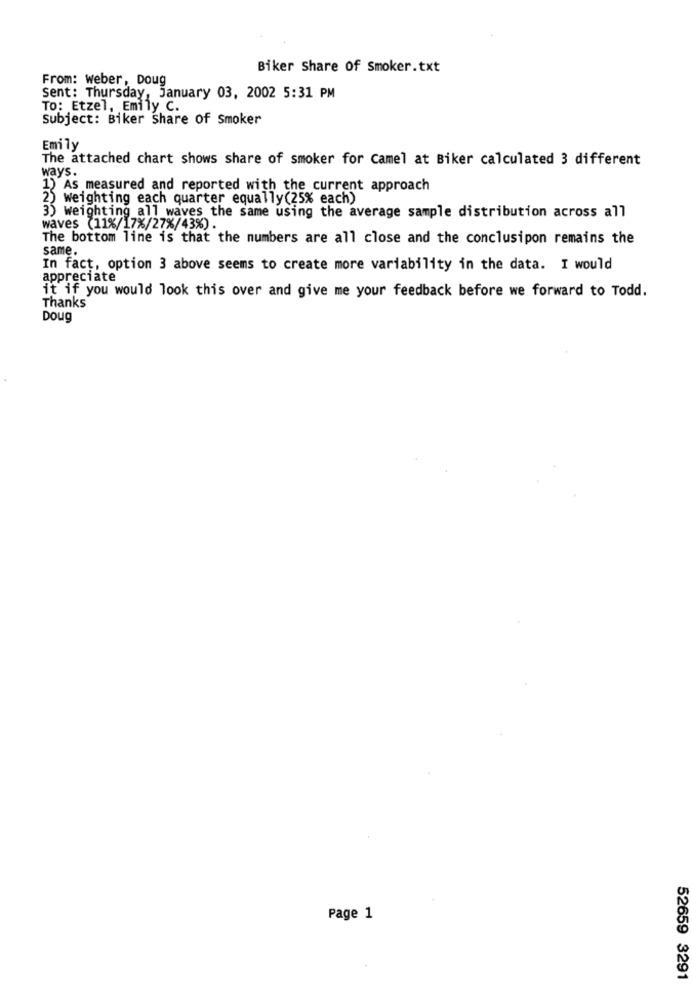
Biker Share Of Smoker.txt
From: weber, Doug
Sent: Thursday, January 03, 2002 5:31 PM
TO: Etzel, Emily C.
Subject: Biker Share of smoker
Emily
The attached chart shows share of smoker for camel at Biker calculated 3 different
ways.
1) As measured and reported with the current approach
2) weighting each quarter equally(25% each)
3) Weighting_all waves the same using the average sample distribution across all
waves (11%/17%/27%/43%).
The bottom line is that the numbers are all close and the conclusipon remains the
same.
In fact, option 3 above seems to create more variability in the data. I would
appreciate
it if you would look this over and give me your feedback before we forward to Todd.
Thanks
Doug
Page 1
52659 3291